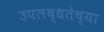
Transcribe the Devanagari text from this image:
उपलब्धतेच्या